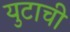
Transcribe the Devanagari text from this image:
युटाची